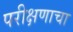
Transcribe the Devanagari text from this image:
परीक्षणाचा